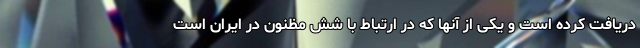
دریافت کرده است و یکی از آنها که در ارتباط با شش مظنون در ایران است